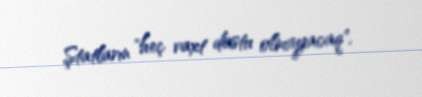
Ştatların "heç vaxt dostu olmayacaq".